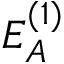
E _ { A } ^ { ( 1 ) }